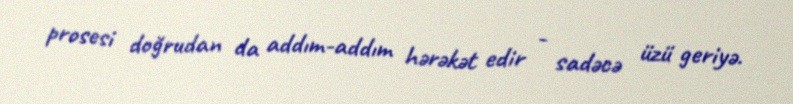
prosesi doğrudan da addım-addım hərəkət edir - sadəcə üzü geriyə.